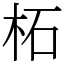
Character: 柘